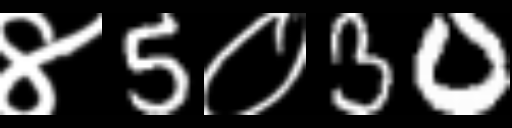
Text: ४5०30